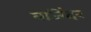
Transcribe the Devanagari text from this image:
वजिंदर